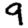
Digit: 9